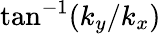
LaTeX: \tan^{-1}(k_{y}/k_{x})